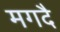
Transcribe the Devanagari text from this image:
मगदै